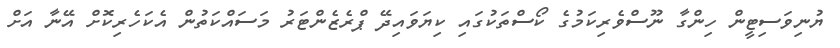
ޔުނިވަސިޓީން ހިންގާ ނޫސްވެރިކަމުގެ ކޯސްތަކުގައި ކިޔަވައިދޭ ޕްރެޒެންޓަރު މަސައްކަތުން އެކަހެރިކޮށް އޭނާ އަށް